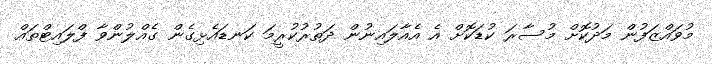
މުވައްޒަފުން މަދުކޮށް މުސާރަ ކުޑަކޮށް އެ އެއާލައިނުން ދަތުރުކުރީމަ ކަނޑައެޅިގެން ގެއްލުންވާ ފްލައިޓްތައް